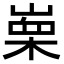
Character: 𭪼